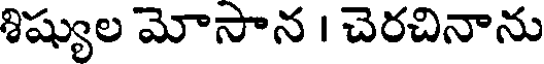
శిష్యుల మోసాన । చెరచినాను